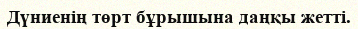
Дүниенің төрт бұрышына даңқы жетті.